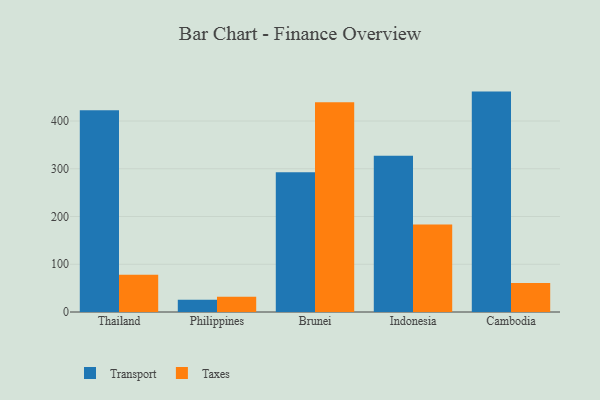
{"axis": {"x": "Country", "y": "Active Users"}, "legend": ["Taxes", "Transport"], "data": [{"x": "Thailand", "y": 422.6, "type": "Transport"}, {"x": "Thailand", "y": 78.1, "type": "Taxes"}, {"x": "Philippines", "y": 25.6, "type": "Transport"}, {"x": "Philippines", "y": 32.2, "type": "Taxes"}, {"x": "Brunei", "y": 292.8, "type": "Transport"}, {"x": "Brunei", "y": 439.2, "type": "Taxes"}, {"x": "Indonesia", "y": 327.2, "type": "Transport"}, {"x": "Indonesia", "y": 183.5, "type": "Taxes"}, {"x": "Cambodia", "y": 461.6, "type": "Transport"}, {"x": "Cambodia", "y": 60.5, "type": "Taxes"}]}